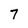
Character: 7